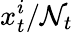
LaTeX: x_{t}^{i}/\mathcal{N}_{t}